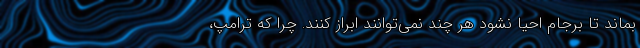
بماند تا برجام احیا نشود هر چند نمی‌توانند ابراز کنند. چرا که ترامپ،